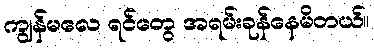
ကျွန်မလေ ရင်တွေ အရမ်းခုန်နေမိတယ်။